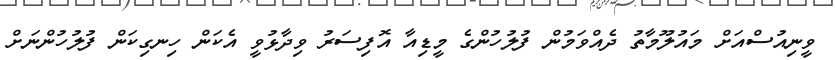
ވީނިއުސްއަށް މައުލޫމާތު ދެއްވަމުން ފުލުހުންގެ މީޑިއާ އޮފިސަރު ވިދާޅުވީ އެކަން ހިނގިކަން ފުލުހުންނަށް